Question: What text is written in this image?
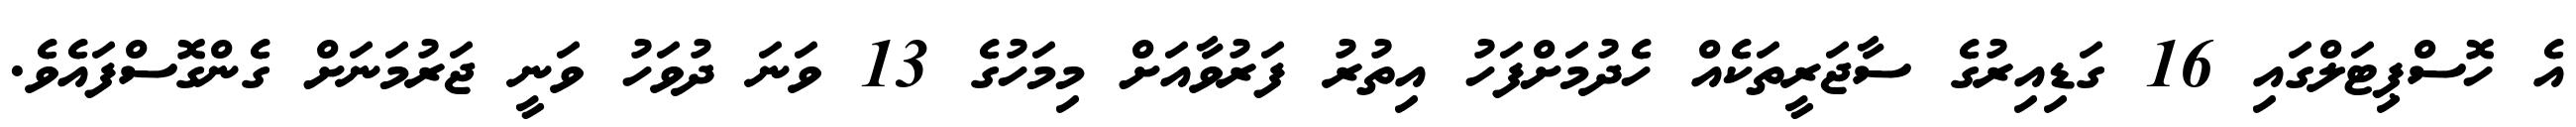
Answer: އެ ހޮސްޕިޓަލްގައި 16 ގަޑިއިރުގެ ސާޖަރީތަކެއް ހެދުމަށްފަހު އިތުރު ފަރުވާއަށް މިމަހުގެ 13 ވަނަ ދުވަހު ވަނީ ޖަރުމަނަށް ގެންގޮސްފައެވެ.